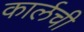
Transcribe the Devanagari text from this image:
कार्लची